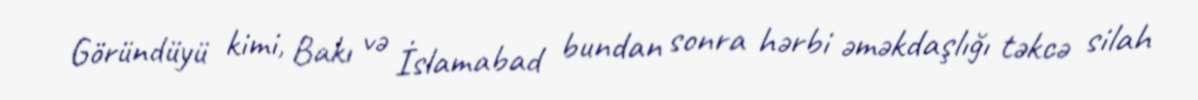
Göründüyü kimi, Bakı və İslamabad bundan sonra hərbi əməkdaşlığı təkcə silah